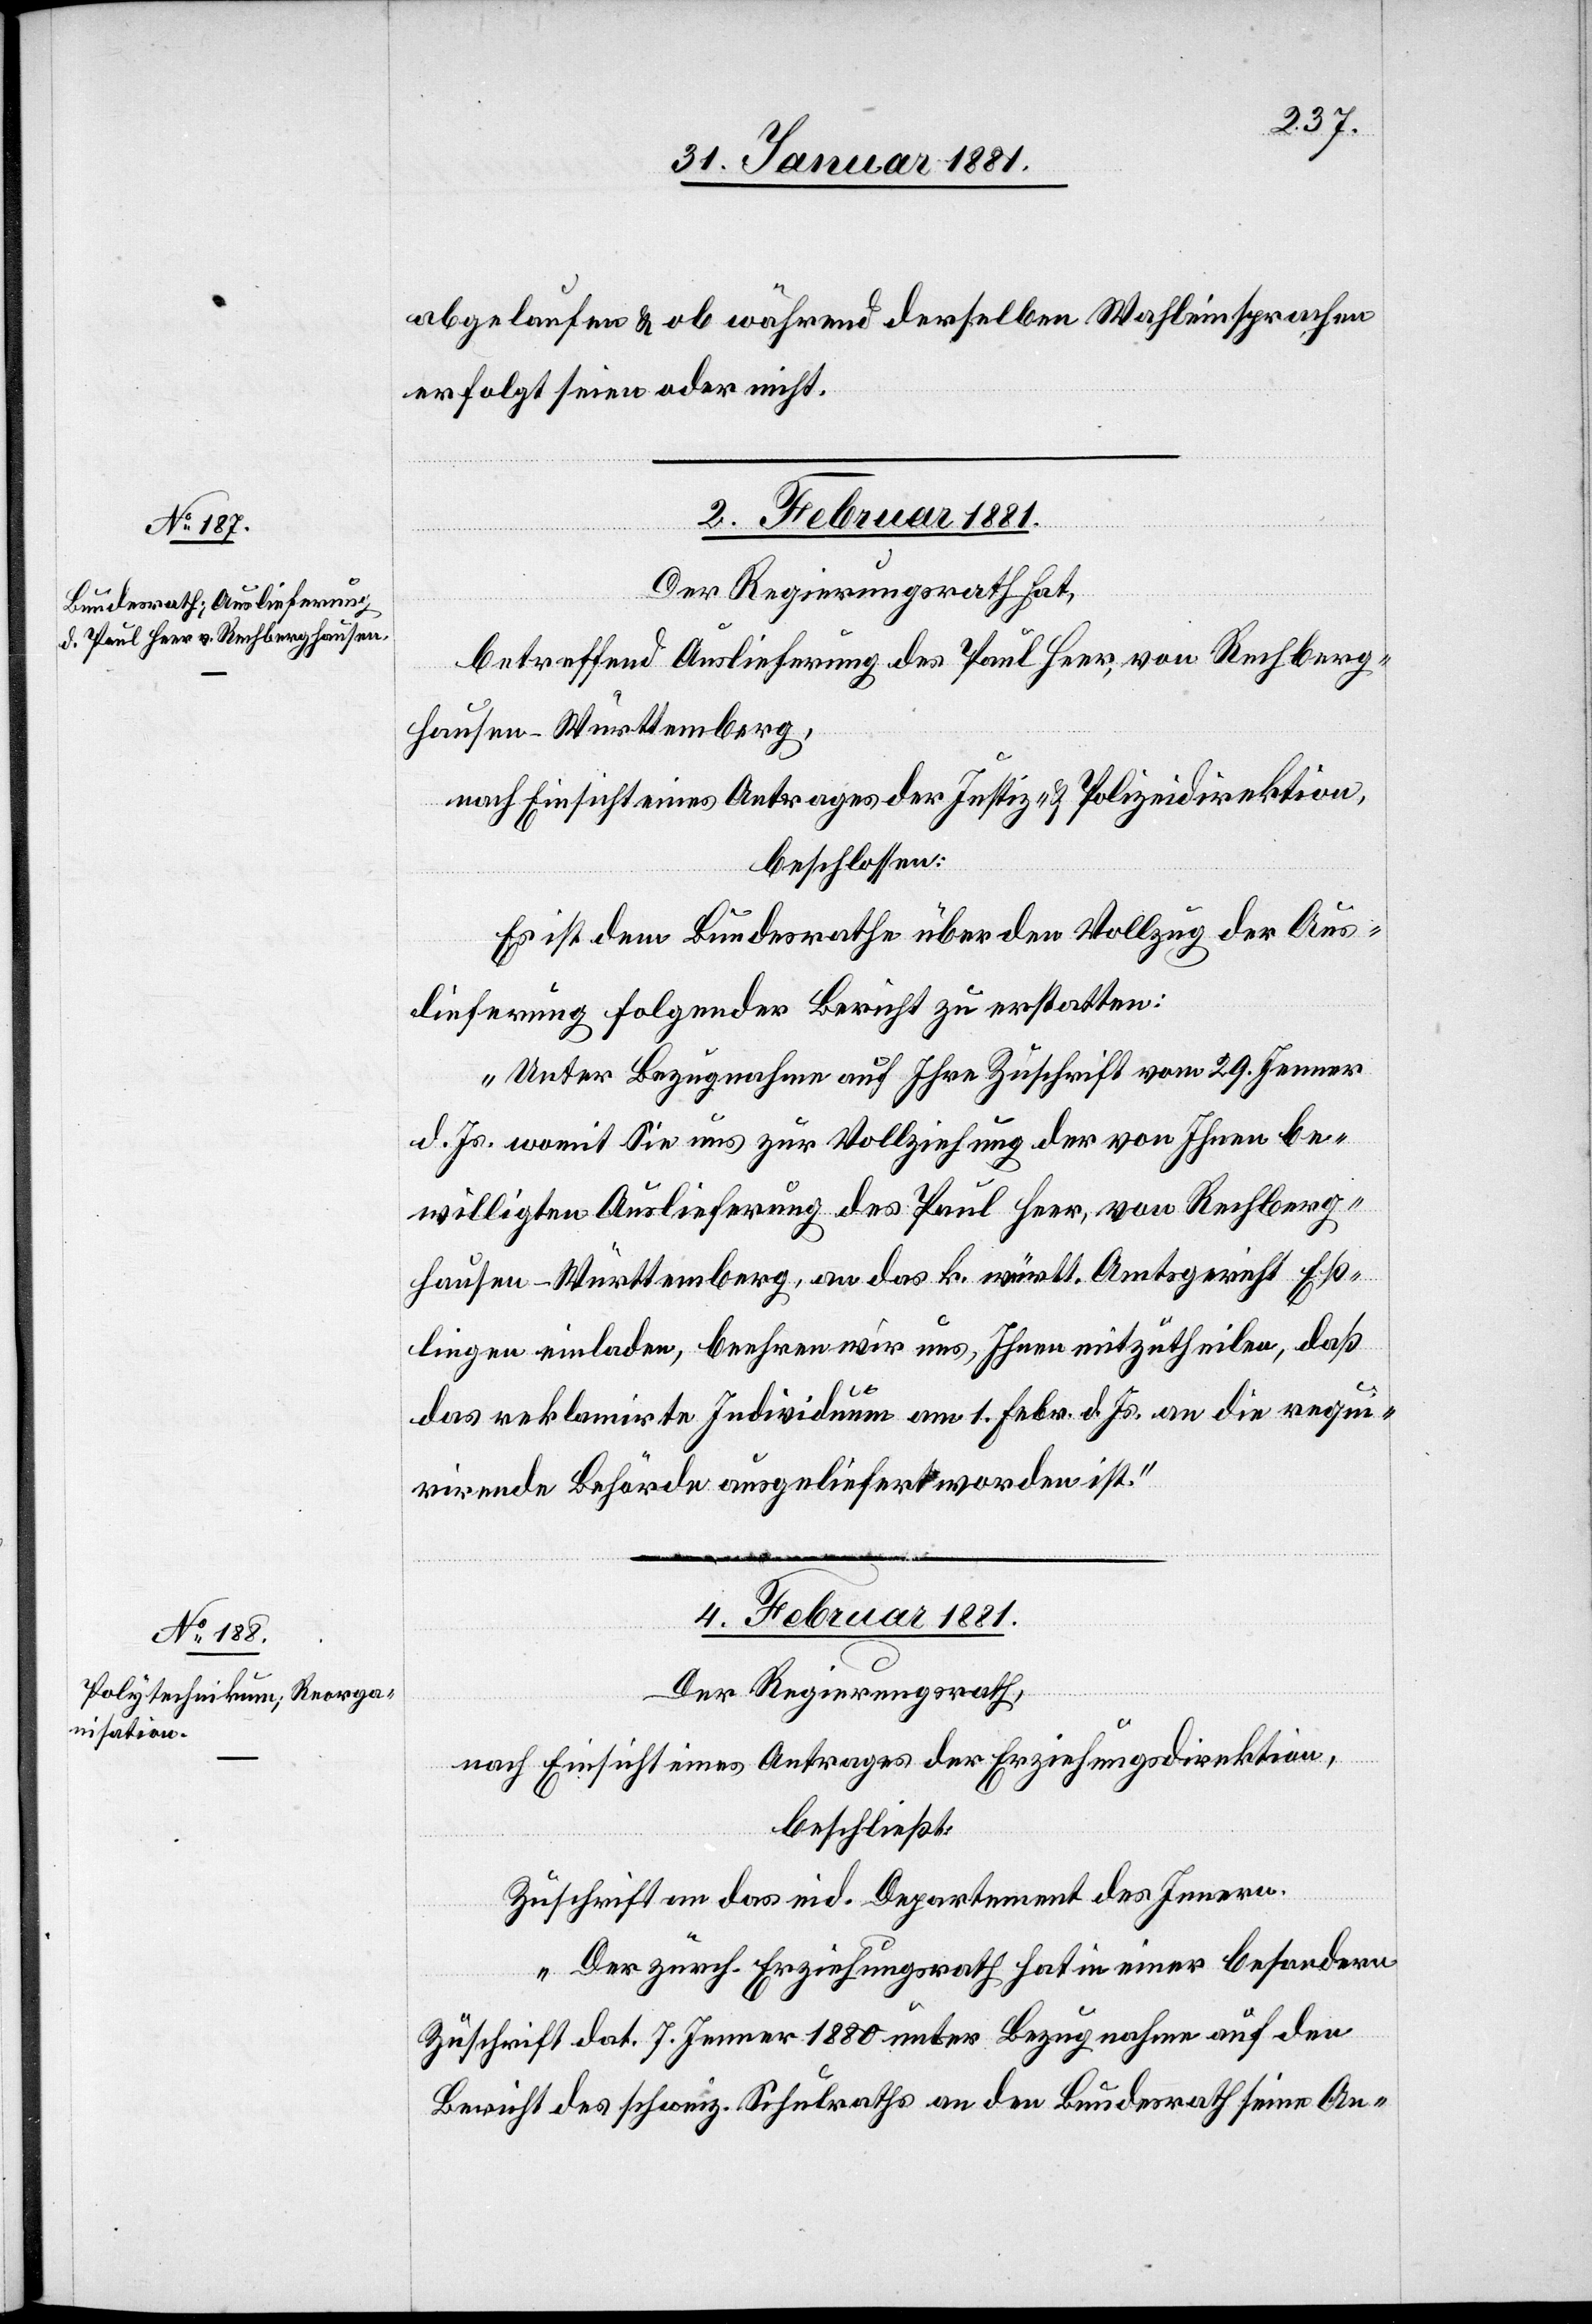
abgelaufen & ob während derselben Wahleinsprachen
erfolgt seien oder nicht.
2. Februar 1881.
[Präsidial-Ver¬
Der Regierungsrath hat,
betreffend Auslieferung des Paul Heer, von Rechberg¬
hausen - Württemberg,
nach Einsicht eines Antrages der Justiz- & Polizeidirektion,
beschlossen:
Es ist dem Bundesrathe über den Vollzug der Aus¬
lieferung folgender Bericht zu erstatten:
„Unter Bezugnahme auf Ihre Zuschrift vom 29. Jenner
d. Js. womit Sie uns zur Vollziehung der von Ihnen be¬
willigten Auslieferung des Paul Heer, von Rechberg¬
hausen - Württemberg, an das k. Württ. Amtsgericht Eß¬
lingen einladen, beehren wir uns, Ihnen mitzutheilen, daß
das reklamirte Individuum am 1. Febr. d. Js an die requi¬
rirende Behörde ausgeliefert worden ist.“
fügungen.]
4. Februar 1881.
Der Regierungsrath,
nach Einsicht eines Antrages der Erziehungsdirektion,
beschließt:
Zuschrift an das eid. Departement des Innern.
„Der zürch. Erziehungsrath hat in einer besondern
Zuschrift dat. 7. Jenner 1880 unter Bezugnahme auf den
Bericht des schweiz. Schulrathes an den Bundesrath seine An-